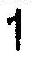
1